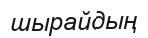
шырайдың